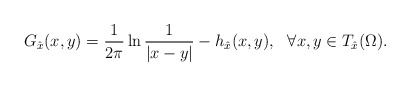
\begin{align*}G_{\hat{x}}(x, y)=\frac{1}{2\pi}\ln\frac{1}{|x-y|}-h_{\hat{x}}(x, y),\ \ \forall x,y\in T_{\hat{x}}(\Omega).\end{align*}